Report of the Indian Hemp Drugs Commission, 1894-1895 - Volume IV
Year: 1894
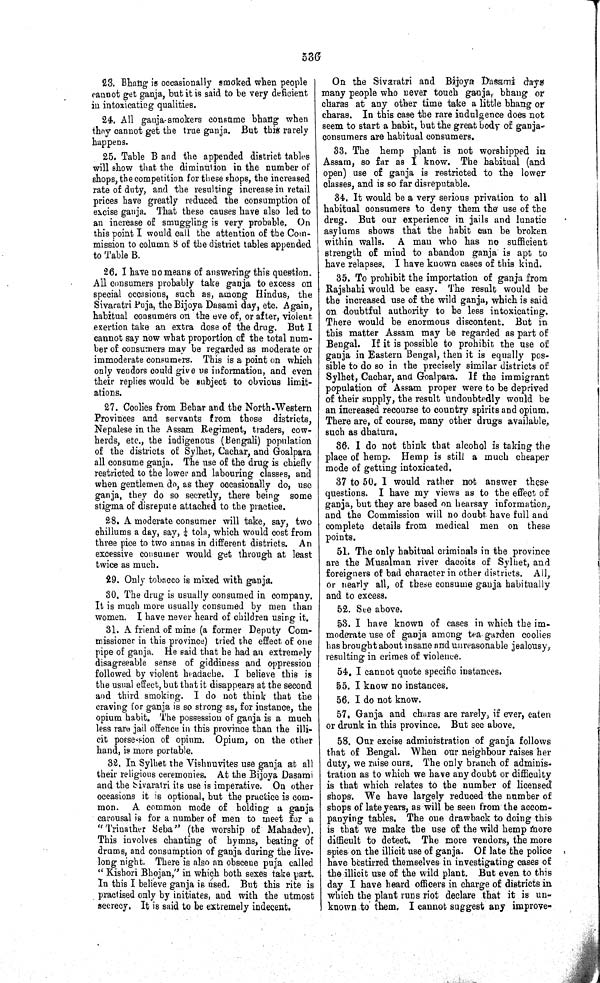
536
23. Bhang is occasionally smoked when people
cannot get ganja, but it is said to be very deficient
in intoxicating qualities.
24. All ganja-smokers consume bhang when
they cannot get the true ganja. But this rarely
happens.
25. Table B and the appended district tables
will show that the diminution in the number of
shops, the competition for these shops, the increased
rate of duty, and the resulting increase in retail
prices have greatly reduced the consumption of
excise ganja. That these causes have also led to
an increase of smuggling is very probable. On
this point I would call the attention of the Com-
mission to column 8 of the district tables appended
to Table B.
26. I have no means of answering this question.
All consumers probably take ganja to excess on
special occasions, such as, among Hindus, the
Sivaratri Puja, the Bijoya Dasami day, etc. Again,
habitual consumers on the eve of, or after, violent
exertion take an extra dose of the drug. But I
cannot say now what proportion of the total num-
ber of consumers may be regarded as moderate or
immoderate consumers. This is a point on which
only vendors could give us information, and even
their replies would be subject to obvious limit-
ations.
27. Coolies from Behar and the North-Western
Provinces and servants from those districts,
Nepalese in the Assam Regiment, traders, cow-
herds, etc., the indigenous (Bengali) population
of the districts of Sylhet, Cachar, and Goalpara
all consume ganja. The use of the drug is chiefly
restricted to the lower and labouring classes, and
when gentlemen do, as they occasionally do, use
ganja, they do so secretly, there being some
stigma of disrepute attached to the practice.
28. A moderate consumer will take, say, two
chillums a day, say, ¼ tola, which would cost from
three pice to two annas in different districts. An
excessive consumer would get through at least
twice as much.
29. Only tobacco is mixed with ganja.
30. The drug is usually consumed in company.
It is much more usually consumed by men than
women. I have never heard of children using it.
31. A friend of mine (a former Deputy Com-
missioner in this province) tried the effect of one
pipe of ganja. He said that he had an extremely
disagreeable sense of giddiness and oppression
followed by violent headache. I believe this is
the usual effect, but that it disappears at the second
and third smoking. I do not think that the
craving for ganja is so strong as, for instance, the
opium habit. The possession of ganja is a much
less rare jail offence in this province than the illi-
cit possession of opium. Opium, on the other
hand, is more portable.
32. In Sylhet the Vishnuvites use ganja at all
their religious ceremonies. At the Bijoya Dasami
and the Sivaratri its use is imperative. On other
occasions it is optional, but the practice is com-
mon. A common mode of holding a ganja
carousal is for a number of men to meet for a
"Trinather Seba" (the worship of Mahadev).
This involves chanting of hymns, beating of
drums, and consumption of ganja during the live-
long night. There is also an obscene puja called
"Kishori Bhojan," in which both sexes take part.
In this I believe ganja is used. But this rite is
practised only by initiates, and with the utmost
secrecy. It is said to be extremely indecent.
On the Sivaratri and Bijoya Dasami days
many people who never touch ganja, bhang or
charas at any other time take a little bhang or
charas. In this case the rare indulgence does not
seem to start a habit, but the great body of ganja-
consumers are habitual consumers.
33. The hemp plant is not worshipped in
Assam, so far as I know. The habitual (and
open) use of ganja is restricted to the lower
classes, and is so far disreputable.
34. It would be a very serious privation to all
habitual consumers to deny them the use of the
drug. But our experience in jails and lunatic
asylums shows that the habit can be broken
within walls. A man who has no sufficient
strength of mind to abandon ganja is apt to
have relapses. I have known cases of this kind.
35. To prohibit the importation of ganja from
Rajshahi would be easy. The result would be
the increased use of the wild ganja, which is said
on doubtful authority to be less intoxicating.
There would be enormous discontent. But in
this matter Assam may be regarded as part of
Bengal. If it is possible to prohibit the use of
ganja in Eastern Bengal, then it is equally pos-
sible to do so in the precisely similar districts of
Sylhet, Cachar, and Goalpara. If the immigrant
population of Assam proper were to be deprived
of their supply, the result undoubtedly would be
an increased recourse to country spirits and opium.
There are, of course, many other drugs available,
such as dhatura.
36. I do not think that alcohol is taking the
place of hemp. Hemp is still a much cheaper
mode of getting intoxicated.
37 to 50. I would rather not answer these
questions. I have my views as to the effect of
ganja, but they are based on hearsay information,
and the Commission will no doubt have full and
complete details from medical men on these
points.
51. The only habitual criminals in the province
are the Musalman river dacoits of Sylhet, and
foreigners of bad character in other districts. All,
or nearly all, of these consume ganja habitually
and to excess.
52. See above.
53. I have known of cases in which the im-
moderate use of ganja among tea garden coolies
has brought about insane and unreasonable jealousy,
resulting in crimes of violence.
54. I cannot quote specific instances.
55. I know no instances.
56. I do not know.
57. Ganja and charas are rarely, if ever, eaten
or drunk in this province. But see above.
58. Our excise administration of ganja follows
that of Bengal. When our neighbour raises her
duty, we raise ours. The only branch of adminis-
tration as to which we have any doubt or difficulty
is that which relates to the number of licensed
shops. We have largely reduced the number of
shops of late years, as will be seen from the accom-
panying tables. The one drawback to doing this
is that we make the use of the wild hemp more
difficult to detect. The more vendors, the more
spies, on the illicit use of ganja. Of late the police
have bestirred themselves in investigating cases of
the illicit use of the wild plant. But even to this
day I have heard officers in charge of districts in
which the plant runs riot declare that it is un-
known to them. I cannot suggest any improve-